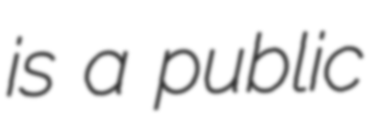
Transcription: is a public